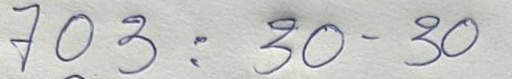
703 = 30 . 30